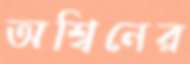
অশ্বিনের